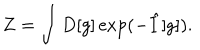
Z = \int D [ g ] \exp ( - \hat { I } [ g ] ) .